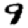
Digit: 9